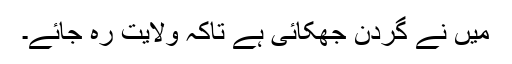
میں نے گردن جھکائی ہے تاکہ ولایت رہ جائے۔